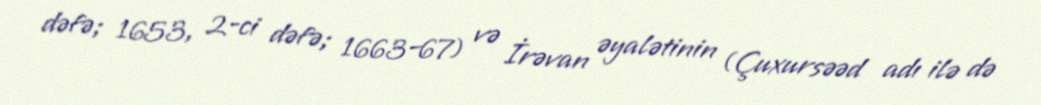
dəfə; 1653, 2-ci dəfə; 1663–67) və İrəvan əyalətinin (Çuxursəəd adı ilə də